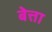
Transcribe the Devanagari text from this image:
बेत्ता